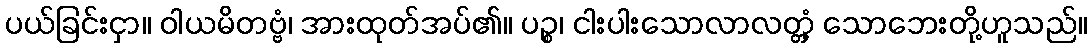
ပယ်ခြင်းငှာ။ ဝါယမိတဗ္ဗံ၊ အားထုတ်အပ်၏။ ပဉ္စ၊ ငါးပါးသောလာလတ္တံ့ သောဘေးတို့ဟူသည်။